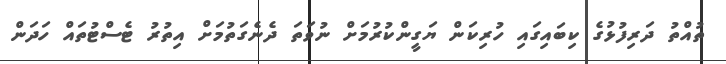
ތުއްތު ދަރިފުޅުގެ ކިބައިގައި ހުރިކަން ޔަގީންކުރުމަށް ނުވަތަ ދެނެގަތުމަށް އިތުރު ޓެސްޓުތައް ހަދަން